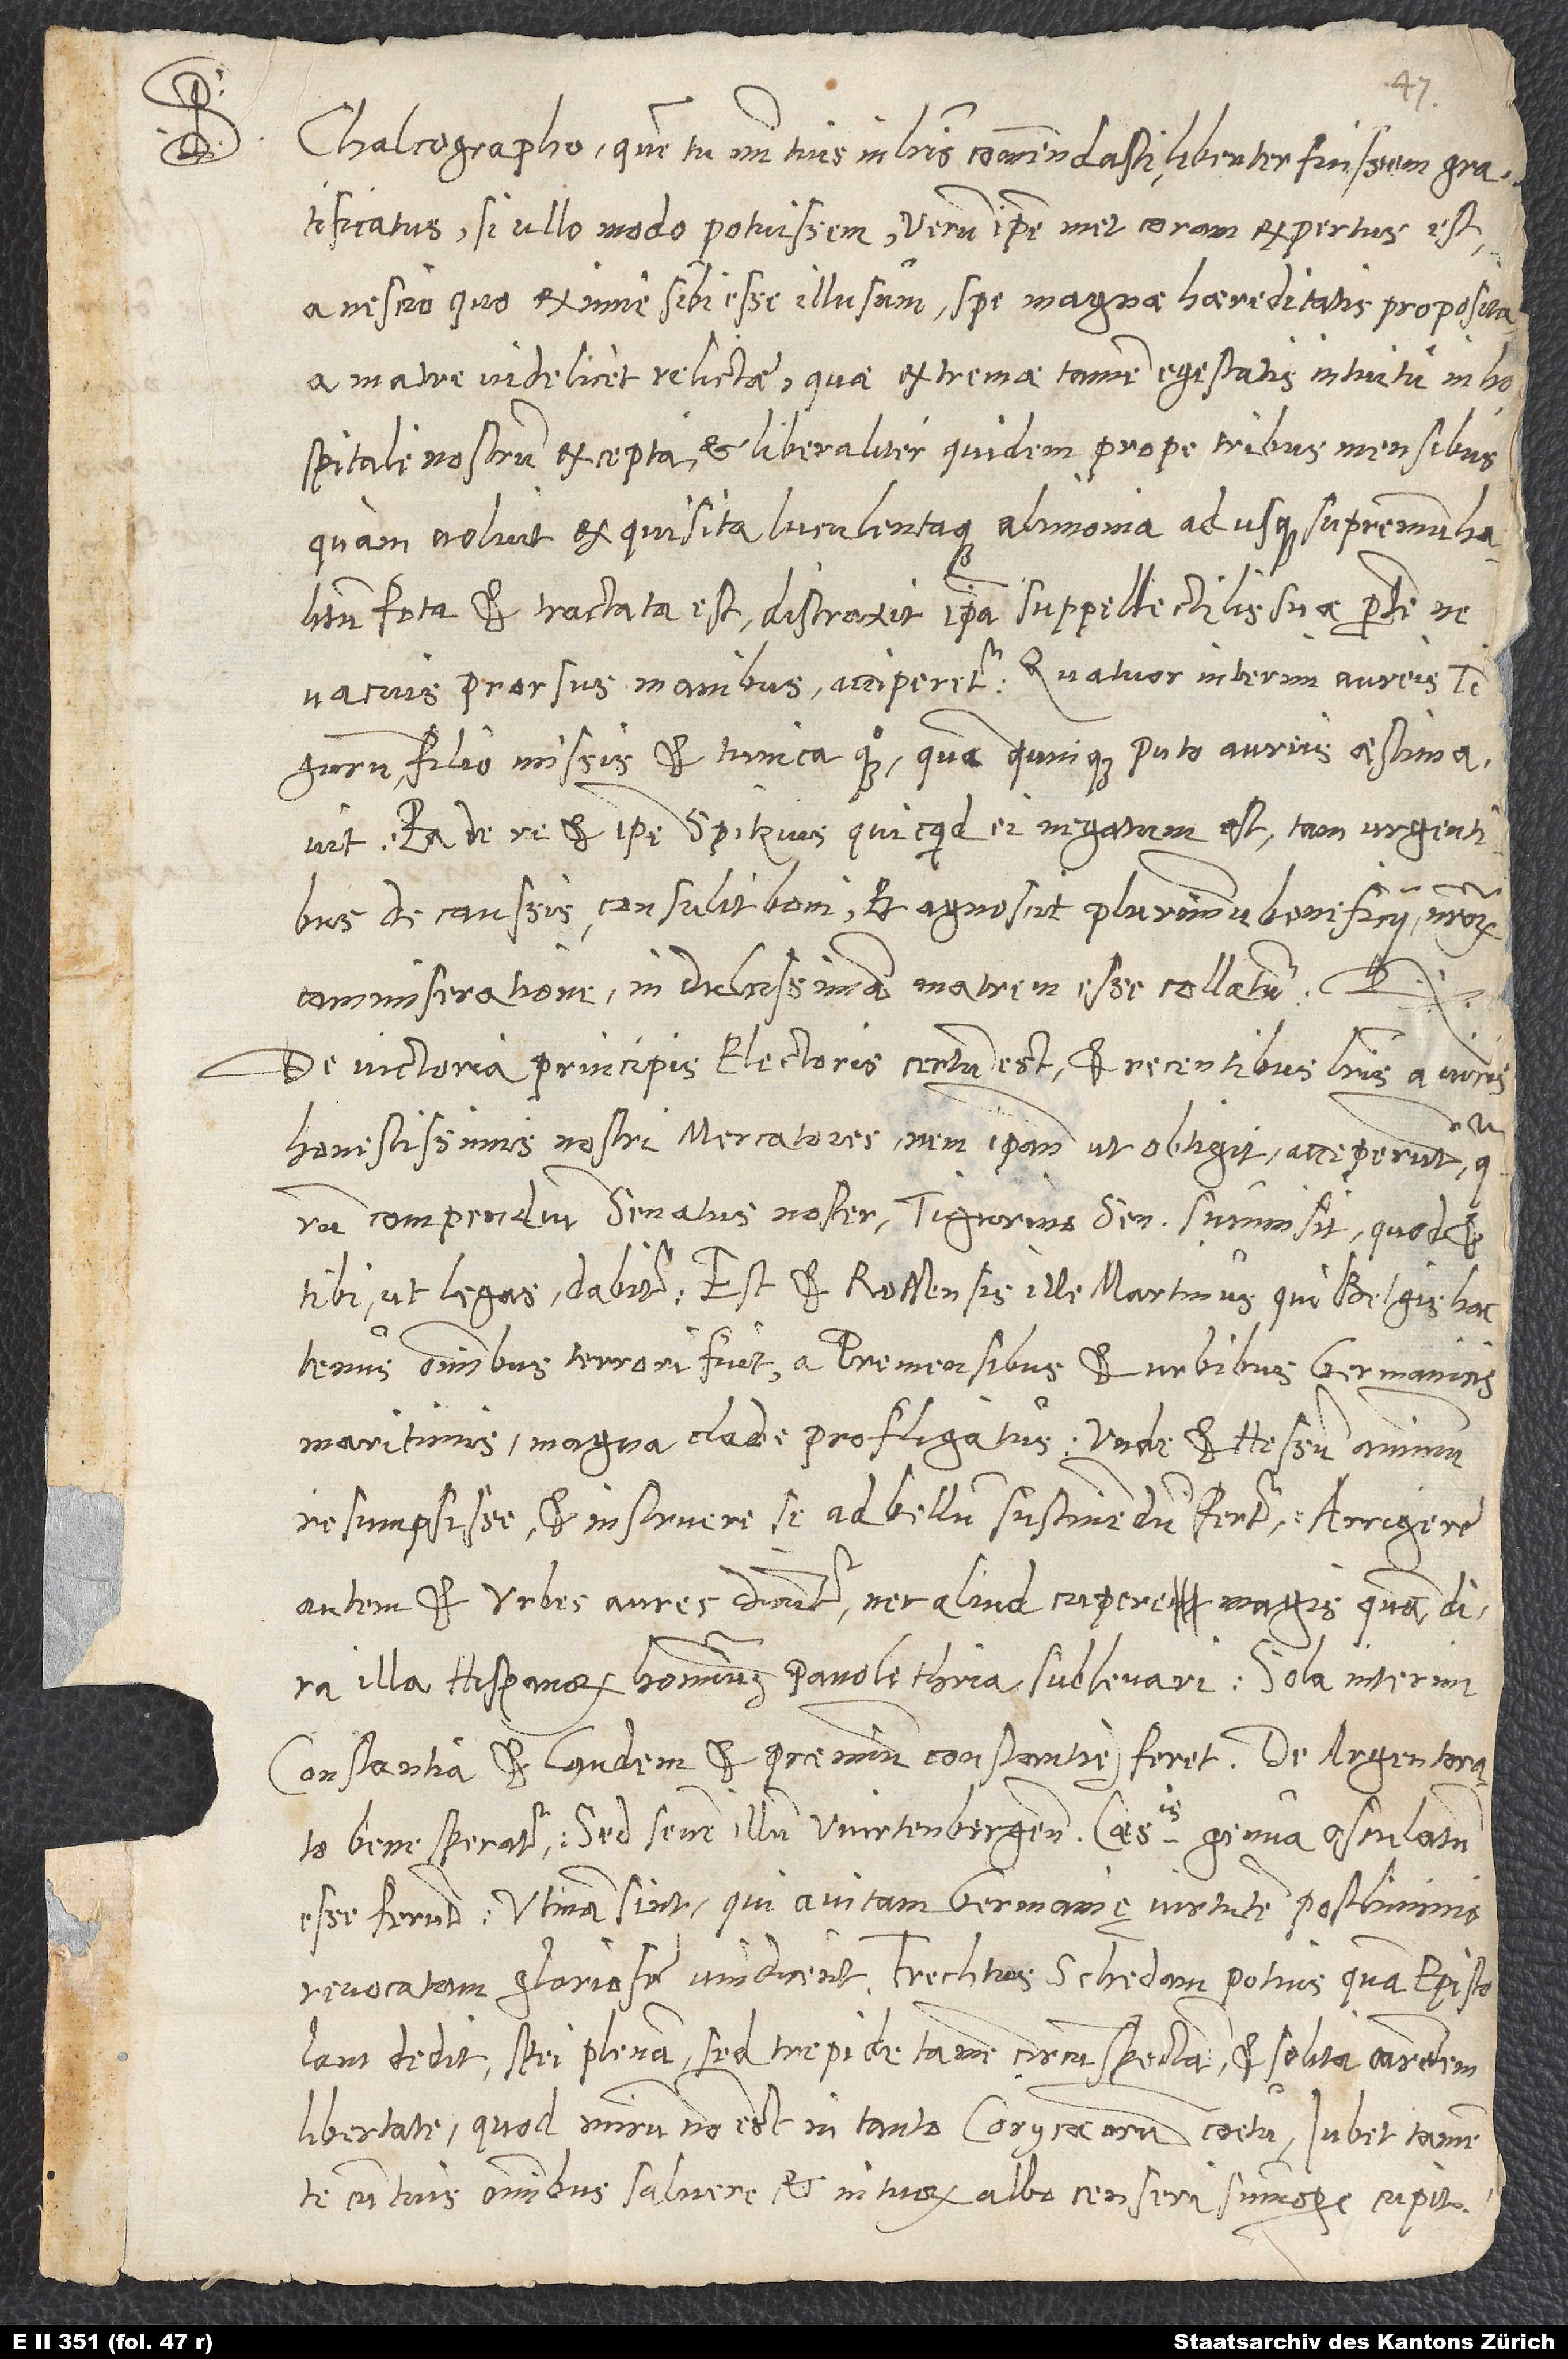
quam
D.

Chalcographo, quem tu mihi tuis in literis commendasti, libenter fuissem gratificatus,
ullo modo potuissem. Verum ipsemet coram expertus est
a nescio quo eximie sibi esse illusum spe magnae haereditatis proposita
a matre videlicet relictae, quae extremae tamen egestatis intuitu in
hospitale nostrum excepta, et liberaliter quidem prope tribus mensibus,
quam voluit, exquisita luculentaque alimonia adusque supremum halitum
fota et tractata est. Distraxit ipsa suppellectilis suae partem, ne
vacuis prorsus manibus acciperetur, quatuor interim aureis
Tigurum filio missis, et tunica quoque, quam quinque puto aureis aestimavit.
Ea de re et ipse Spitzius, quicquid ei negatum est, tam urgentibus
de caussis consulit boni, et agnoscit, plurimum beneficii nostrorum
commiseratione in dulcissimam matrem esse collatum.
De victoria principis electoris certum est, et recentibus literis a viris
honestissimis nostri mercatores rem ipsam, ut obtigit, acceperunt, quarum
compendium senatus noster Tigurino senatui summisit, quod et
omnibus terrori fuit, a Premensibus et urbibus Germanicis
maritimis magna clade profligatus, unde et Hessum animum
resumpsisse et instruere se ad bellum sustinendum fertur. Arrigere
autem et urbes aures dicuntur nec aliud cupere magis, quam dira
illa Hispanorum hominum panolethria sublevari. Sola interim
Constantia et laudem et praemium constantię feret. De Argentorato
bene speratur; sed senem illum Wirtenbergensem caesaris genua osculatum
esse ferunt. Utinam sint, qui avitam Germanię virtutem postliminio
dedit, spei plenam, sed trepide tamen circumspectam et solita carentem
libertate, quod mirum non est in tanto Corycaeorum coetu. Iubet tamen,
te cum tuis omnibus salvere, et in tuorum albo censeri summopere cupit.